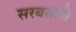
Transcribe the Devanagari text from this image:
सरबताचे